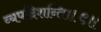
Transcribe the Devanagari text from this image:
व्यपदिशन्ति॥९॥